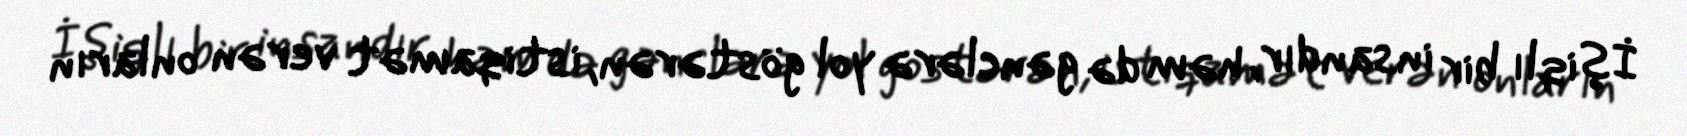
İşiqlı bir insandır, həm də gənclərə yol göstərən, istiqamət verən onların